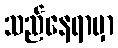
သည်နေရာမှာ